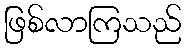
ဖြစ်လာကြသည်